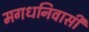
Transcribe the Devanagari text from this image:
मगधनिवासी